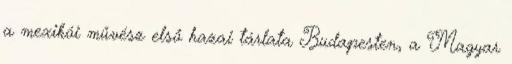
a mexikói művész első hazai tárlata Budapesten, a Magyar